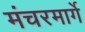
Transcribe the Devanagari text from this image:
मंचरमार्गे